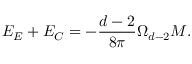
E _ { E } + E _ { C } = - \frac { d - 2 } { 8 \pi } \Omega _ { d - 2 } M .